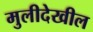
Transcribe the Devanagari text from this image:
मुलीदेखील